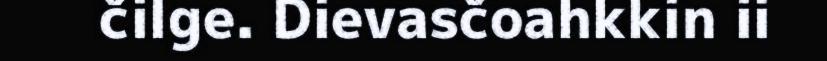
čilge. Dievasčoahkkin ii